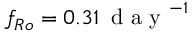
f _ { R o } = 0 . 3 1 \, \mathrm { ~ d ~ a ~ y ~ } ^ { - 1 }